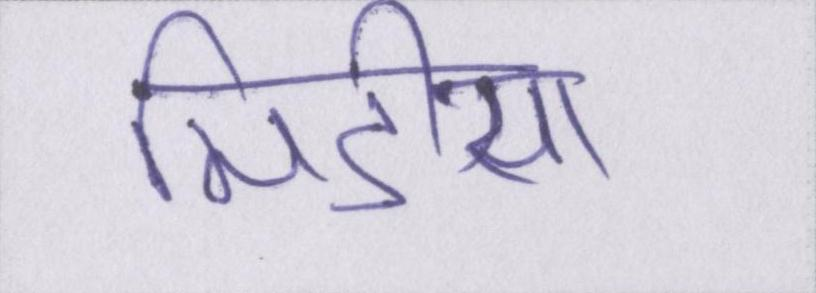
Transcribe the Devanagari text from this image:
मिडीया